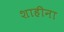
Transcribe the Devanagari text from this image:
शाहीना